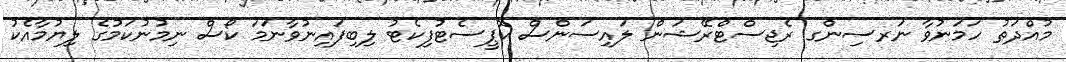
މުއްދަތު ހަމަނުވާ ނަރސިންގ ރެޖިސްޓްރޭޝަން ލައިސަންސް ކޮޕީސެޓުފިކެޓު ލިބިފައިނުވާނަމަ ކޯސް ނިމުނުކަމުގެ ލިޔުމާއެކު